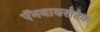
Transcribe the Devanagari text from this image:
ऍनवायरोटेक